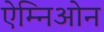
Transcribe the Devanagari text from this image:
ऐम्निओन